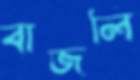
বাজলি